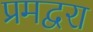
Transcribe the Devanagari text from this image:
प्रमद्वरा